Annual administration report of the Civil Veterinary Department, Ajmere-Merwara, British Rajputana - 1914-1940
Year: 1914
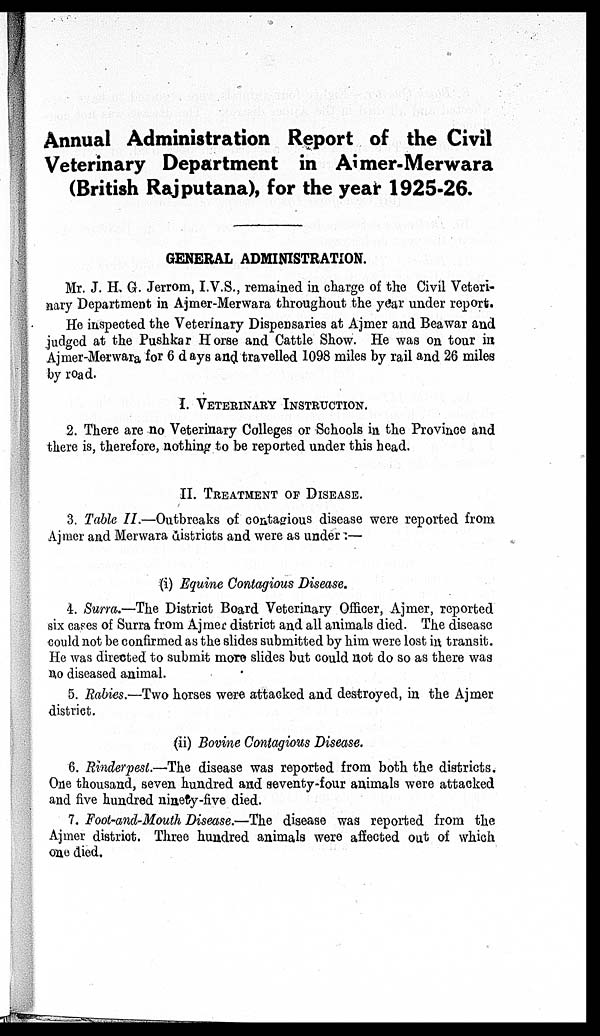
Annual Administration Report of the Civil
Veterinary Department in Ajmer-Merwara
(British Rajputana), for the year 1925-26.
GENERAL ADMINISTRATION.
Mr. J. H. G. Jerrom, I.V.S., remained in charge of the Civil Veteri-
nary Department in Ajmer-Merwara throughout the year under report.
He inspected the Veterinary Dispensaries at Ajmer and Beawar and
judged at the Pushkar Horse and Cattle Show. He was on tour in
Ajmer-Merwara for 6 days and travelled 1098 miles by rail and 26 miles
by road.
I. VETERINARY INSTRUCTION.
2. There are no Veterinary Colleges or Schools in the Province and
there is, therefore, nothing to be reported under this head.
II. TREATMENT OF DISEASE.
3. Table II.—Outbreaks of contagious disease were reported from
Ajmer and Merwara districts and were as under :—
(i) Equine Contagious Disease.
4. Surra.—The District Board Veterinary Officer, Ajmer, reported
six cases of Surra from Ajmer district and all animals died. The disease
could not be confirmed as the slides submitted by him were lost in transit.
He was directed to submit more slides but could not do so as there was
no diseased animal.
5. Rabies.-—Two horses were attacked and destroyed, in the Ajmer
district.
(ii) Bovine Contagious Disease.
6. Rinderpest.—-The disease was reported from both the districts.
One thousand, seven hundred and seventy-four animals were attacked
and five hundred ninety-five died.
7. Foot-and-Mouth Disease.—The disease was reported from the
Ajmer district. Three hundred animals were affected out of which
one died.